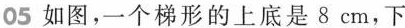
05如图，一个梯形的上底是8cm，下